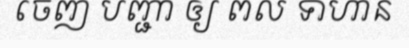
ចេញ បញ្ជា ឲ្យ ពល ទាហាន